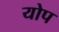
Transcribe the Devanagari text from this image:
योप